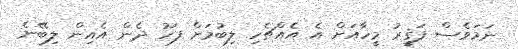
ނަމަވެސް ފަޤީރު މީހާއަށް އެ އެއްޗެހި ލިބުމަށް ފަހު ދެން އެއިން ލިބޭނެ